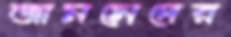
জামসেদের